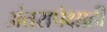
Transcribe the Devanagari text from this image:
अंतरापेक्षाही